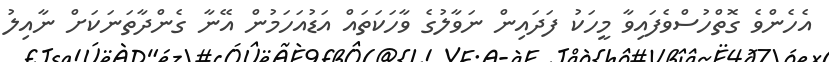
އެހެންވެ ގޮތްހުސްވެފައިވާ މީހަކު ފަދައިން ނަވާލުގެ ވާހަކަތައް އަޑުއަހަމުން އޭނާ ގެންދާތަނަކަށް ނާއިލު